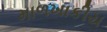
માળખાકીય